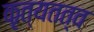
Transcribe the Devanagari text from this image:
कृत्यतत्व